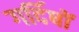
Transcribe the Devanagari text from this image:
गर्दिषों